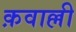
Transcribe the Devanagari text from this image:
क़वाल्ली